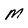
Character: M